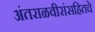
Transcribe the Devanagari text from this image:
अंतराळवीरांसहितचे